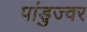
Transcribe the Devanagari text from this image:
पांडुज्वर